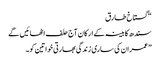
“ گستاخ طارق
سندھ کابینہ کے ارکان آج حلف اٹھائیں گے
”عمران کی ساری زندگی بھارتی خواتین کو۔